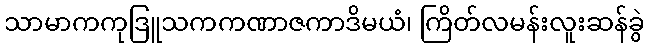
သာမာကကုဒြူသကကဏာဇကာဒိမယံ၊ ကြိတ်လမန်းလူးဆန်ခွဲ